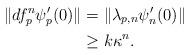
LaTeX: \begin{align*}\Vert df^n_p\psi'_p(0)\Vert&= \Vert\lambda_{p,n}\psi'_n(0)\Vert\\&\geq k\kappa^n.\end{align*}